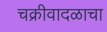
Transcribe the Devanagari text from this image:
चक्रीवादळाचा